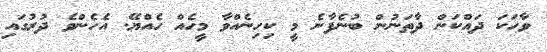
ވާހަކަ ދައްކަން ދާތަނުން ބުނެފާނެ މީ ކިހިނެއްވާ މީހެއް ހެއްޔޭ. އެހެންވެ ދުރުގައި